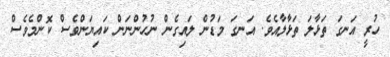
ހުރީ އަނގަ ތަޅާލަ ތަޅާލާއެވެ. އަނގަ މަޑުން ލައިގެން ނުހުންނަން ކައިޔަންވެސް ކޮންމެވެސް